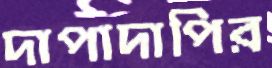
দাপাদাপির